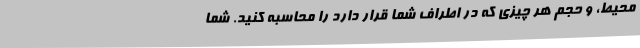
محیط، و حجم هر چیزی که در اطراف شما قرار دارد را محاسبه کنید. شما